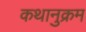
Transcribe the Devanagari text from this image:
कथानुक्रम